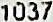
1037